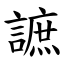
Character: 謶